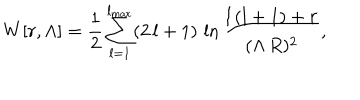
LaTeX: W [ r , \Lambda ] = { \frac { 1 } { 2 } } \sum _ { l = 1 } ^ { l _ { \mathrm { m a x } } } ( 2 \, l + 1 ) \, \ln { \frac { l \, ( l + 1 ) + r } { ( \Lambda \, R ) ^ { 2 } } } ,